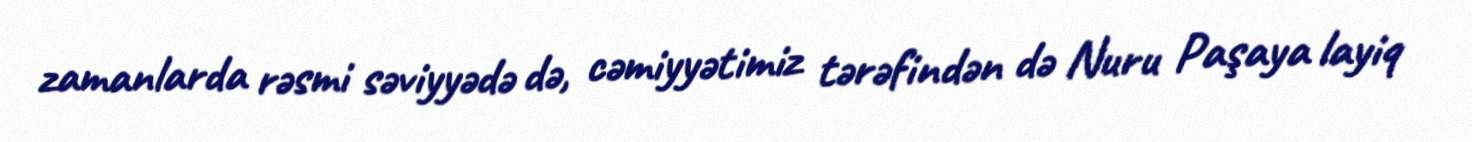
zamanlarda rəsmi səviyyədə də, cəmiyyətimiz tərəfindən də Nuru Paşaya layiq